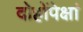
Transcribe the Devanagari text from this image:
दोहोंपेक्षां